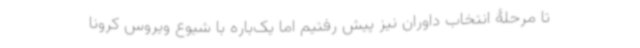
تا مرحلۀ انتخاب داوران نیز پیش رفتیم اما یک‌باره با شیوع ویروس کرونا